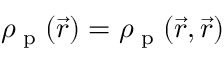
\rho _ { \textrm { p } } ( \vec { r } ) = \rho _ { \textrm { p } } ( \vec { r } , \vec { r } )